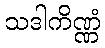
သဒါကိဏ္ဏံ